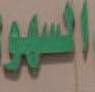
السموع